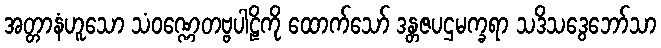
အတ္တာနံဟူသော သံဝဏ္ဏေတဗ္ဗပါဠိကို ထောက်သော် ဒန္တဇပဌမက္ခရာ သဒိသဒွေဘော်သာ